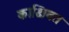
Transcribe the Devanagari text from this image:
काक्षिवत